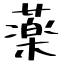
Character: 薬